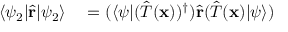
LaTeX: \begin{array} { r l } { \langle \psi _ { 2 } | { \hat { \mathbf { r } } } | \psi _ { 2 } \rangle } & { { } = ( \langle \psi | ( { \hat { T } } ( \mathbf { x } ) ) ^ { \dagger } ) { \hat { \mathbf { r } } } ( { \hat { T } } ( \mathbf { x } ) | \psi \rangle ) } \end{array}